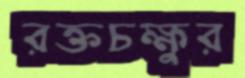
রক্তচক্ষুর